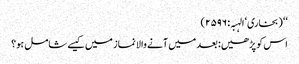
‘‘ (بخاری‘ الہبہ: ۲۵۹۶)
اس کو پڑھیں: بعد میں آنے والا نماز میں کیسے شامل ہو؟